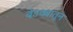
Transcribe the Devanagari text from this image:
बेडक्यातून